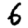
Digit: 6